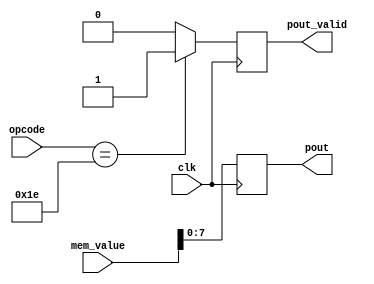
module Pout_inst (
		input clk,
		input [31:0] mem_value,
		input [5:0] opcode,
		output [7:0] pout,
		output pout_valid
		);
		
	reg [7:0] pout_reg;
	reg pout_valid_reg;
	always @(posedge clk) begin
		pout_reg <= mem_value[7:0];
		pout_valid_reg <= (opcode == 6'h1E) ? 1'h1:1'h0;
	end
	assign pout = pout_reg;
	assign pout_valid = pout_valid_reg;
endmodule